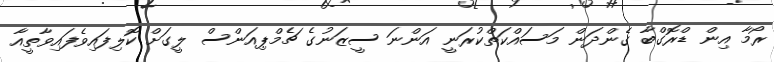
ރޯމާ އިން ޑްރޮގްބާ ގެންދަން މަސައްކަތްކުރަނީ އަންނަ ސީޒަނުގެ ޗެމްޕިއަންސް ލީގަށް ކޮލިފައިވެފައިވާތީއާ